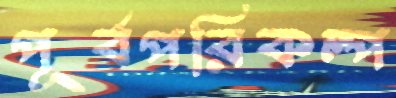
পূর্বপরিকল্প